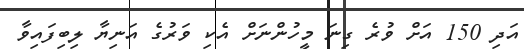
އަދި 150 އަށް ވުރެ ގިނަ މީހުންނަށް އެކި ވަރުގެ އަނިޔާ ލިބިފައިވާ